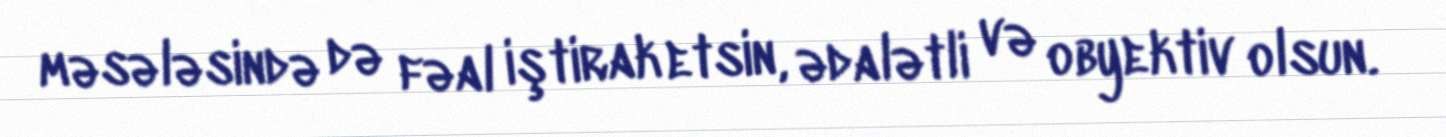
məsələsində də fəal iştirak etsin, ədalətli və obyektiv olsun.